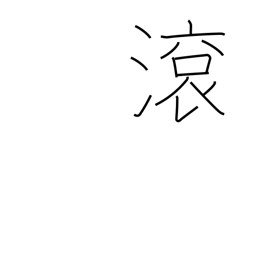
Meaning: flow